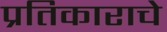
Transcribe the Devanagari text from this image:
प्रतिकाराचे